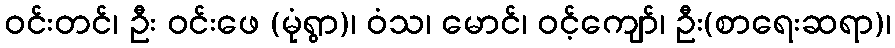
ဝင်းတင်၊ ဦး ဝင်းဖေ (မုံရွာ)၊ ဝံသ၊ မောင်၊ ဝင့်ကျော်၊ ဦး(စာရေးဆရာ)၊